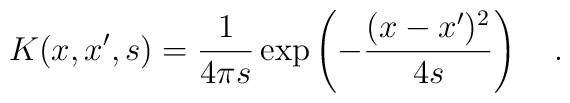
K(x,x',s)={1 \over 4\pi s}\exp \left(-{(x-x')^2 \over 4s}\right)~~~.